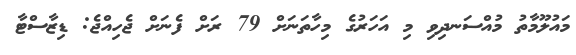
މައުލޫމާތު މުއްސަނދިވި މި އަހަރުގެ މިހާތަނަށް 79 ރަށް ފެނަށް ޖެހިއްޖެ: ޑިޒާސްޓާ